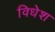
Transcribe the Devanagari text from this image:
विधेश